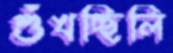
শুঁখচ্ছিলি